Leningradi_Edasi_toimetus, lk 101
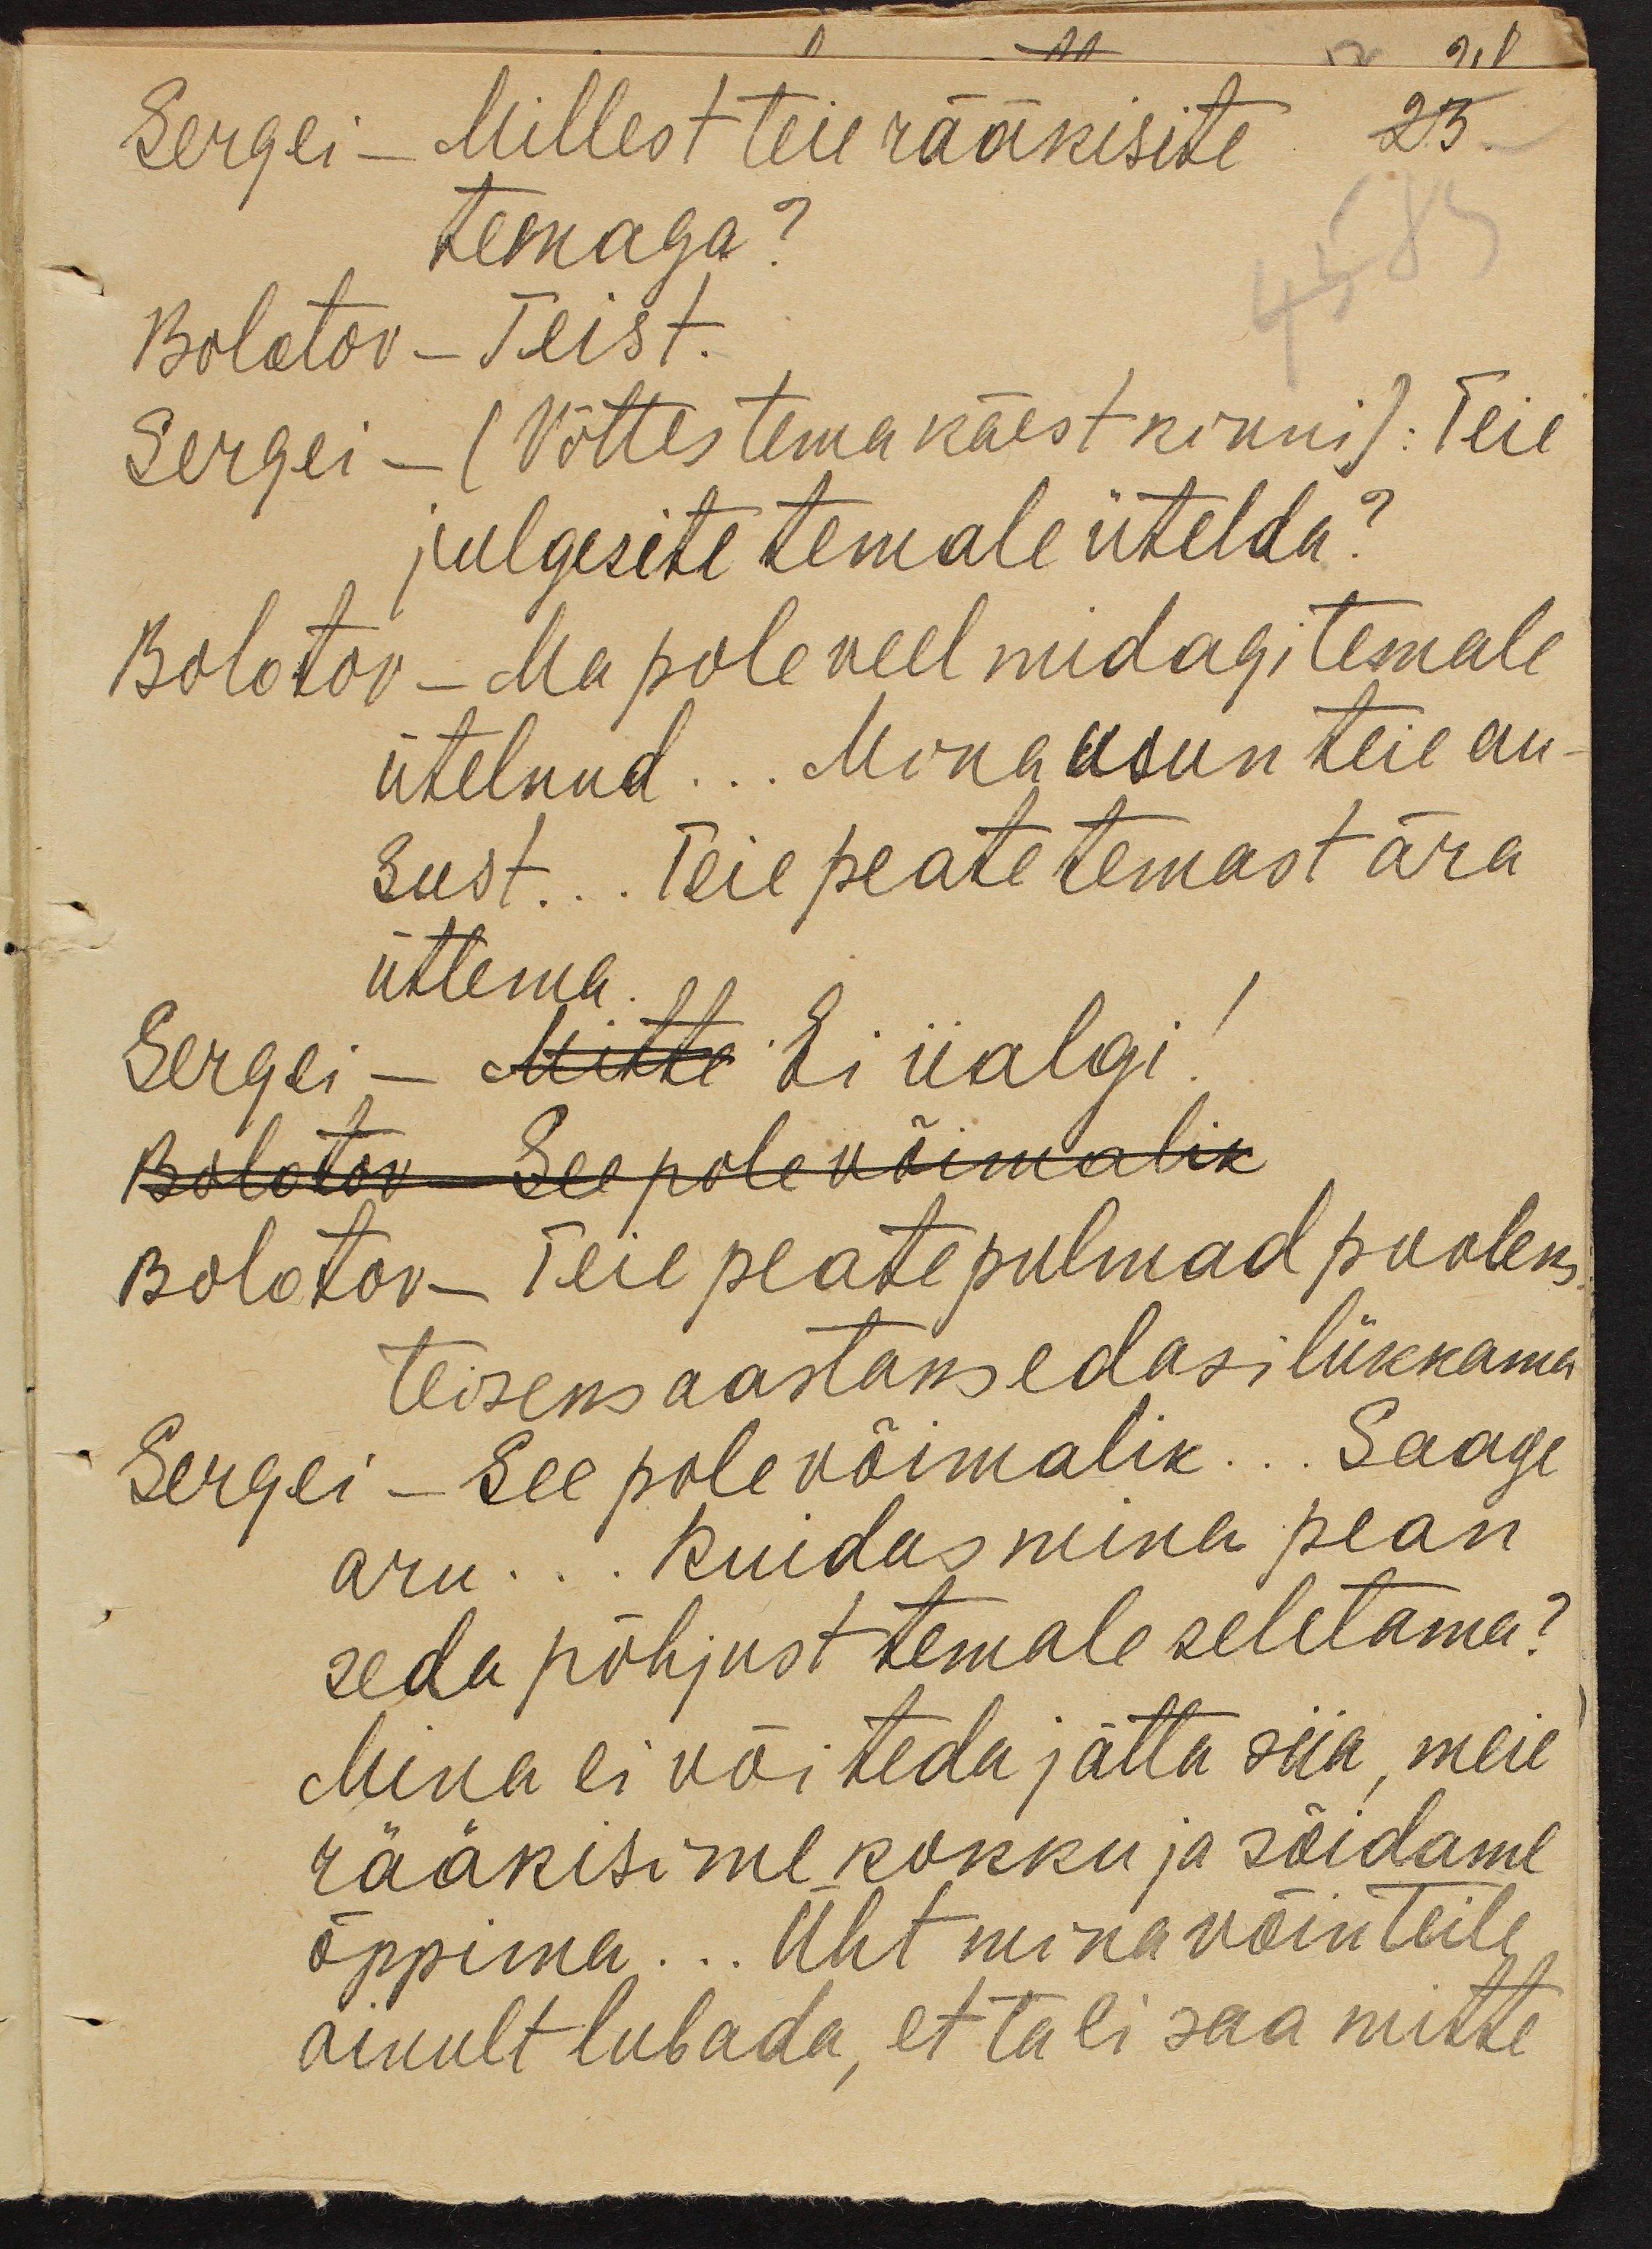
Sergei - Millest teie rääkisite
temaga?
Bolotov - Teist.
Sergei - (Võttes tema käest kinni): Teie
julgesite temale ütelda?
Bolotov - Ma pole veel midagi temale
ütelnud ... Mina usun teie au-
sust ... Teie peate temast ära
ütlema
Sergei - Mitte Ei iialgi!
Bolotov - See pole võimalik
Bolotov - Teie peate pulmad pooleks
teiseks aastaks edasi lükkama
Sergei - See pole võimalik... Saage
aru... Kuidas mina pean
seda põhjust temale seletama?
Mina ei või teda jätta siia, meie
rääkisime kokku ja sõidame
õppima... Üht mina võin Teile
ainult lubada, et Ta ei saa mitte